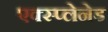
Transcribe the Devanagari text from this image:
एक्स्प्लेनेड